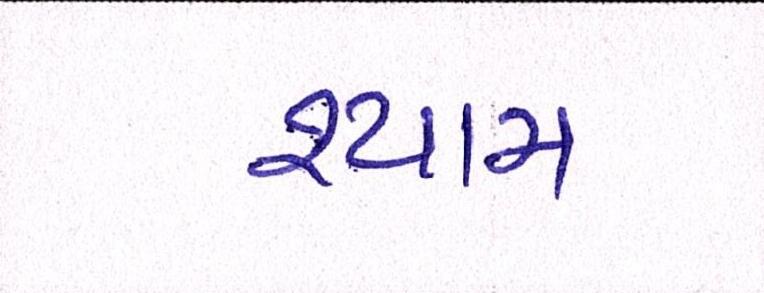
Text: શ્યામ